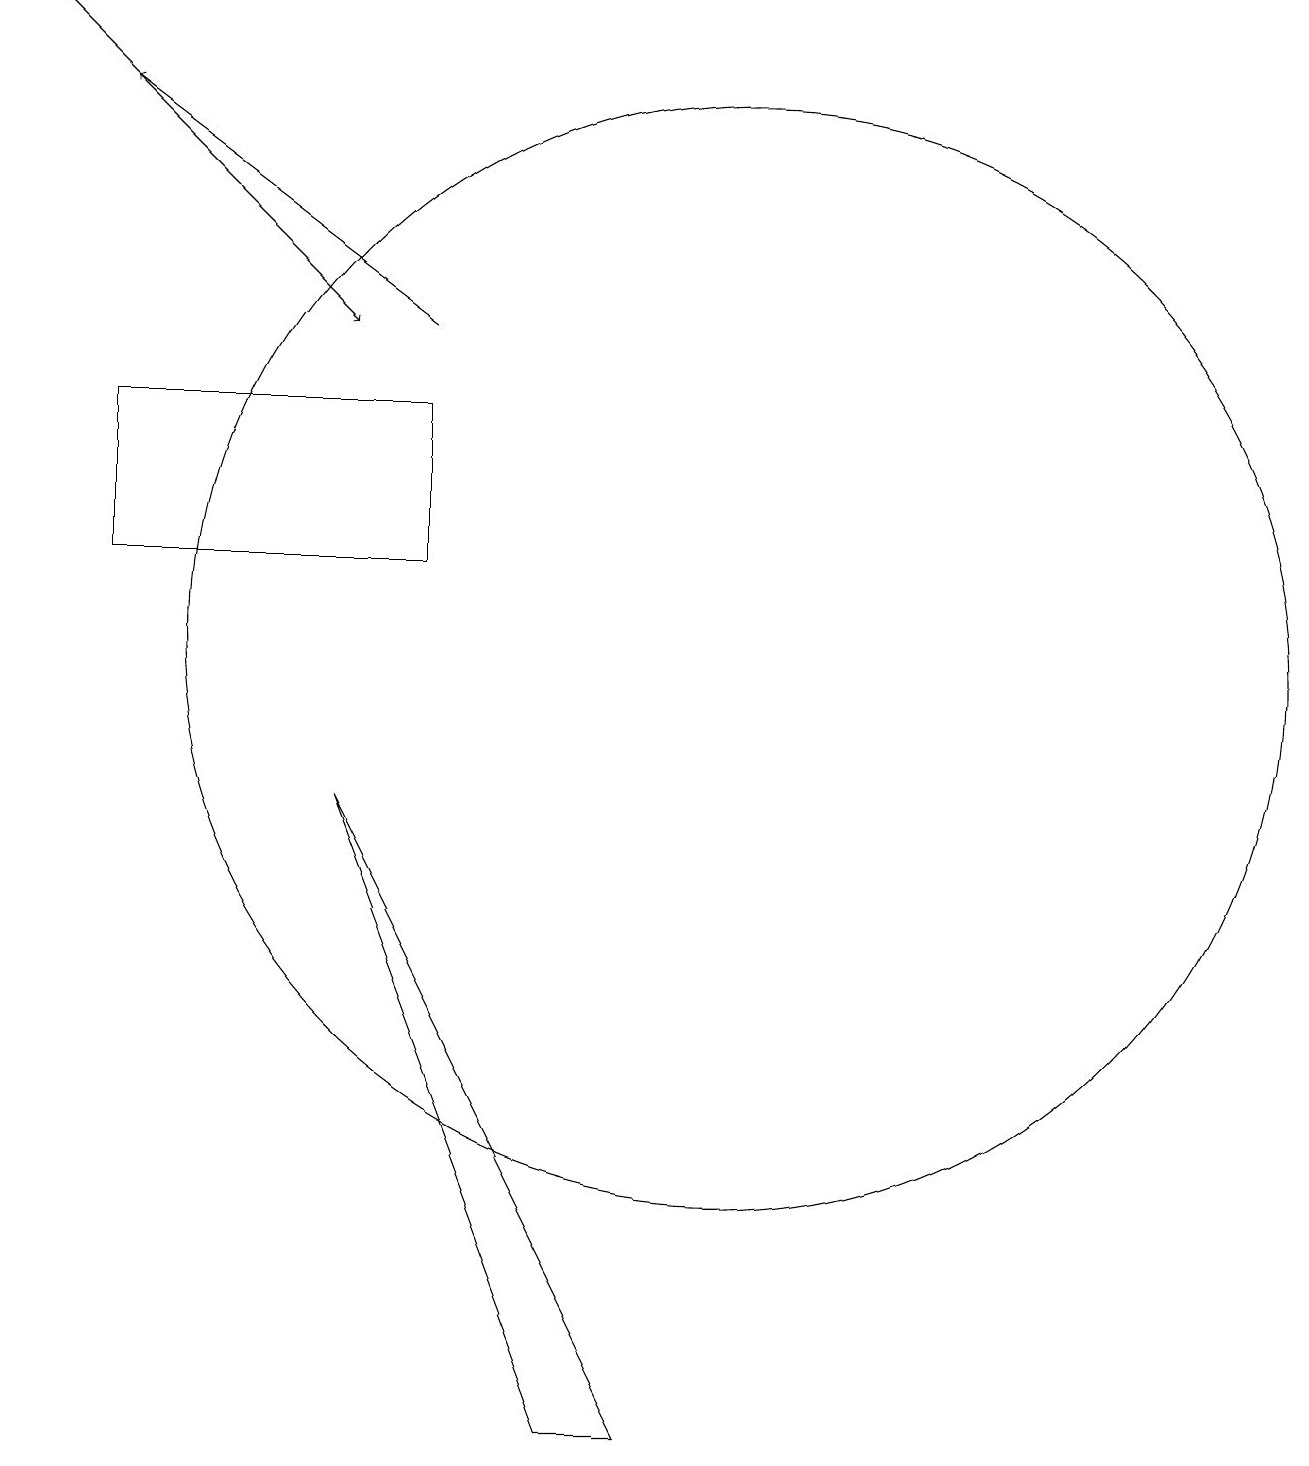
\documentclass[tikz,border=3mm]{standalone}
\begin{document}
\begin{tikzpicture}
\draw (2,14) rectangle (6,12);
\draw (10,11) circle (7);
\draw[->] (1,19) -- (5,15);
\draw[->] (6,15) -- (2,18);
\draw (8,1) -- (5,9) -- (9,1) -- cycle;
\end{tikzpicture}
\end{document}